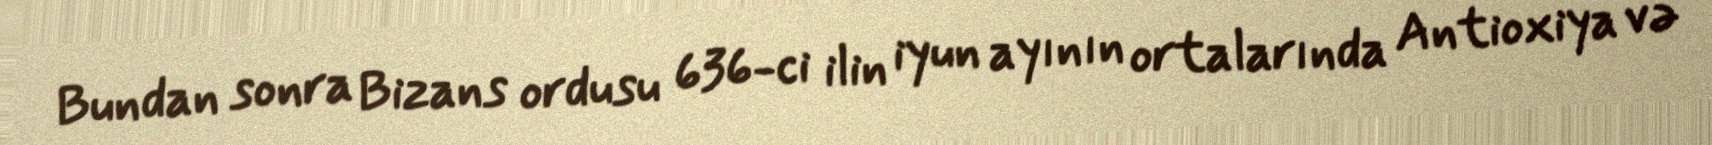
Bundan sonra Bizans ordusu 636-ci ilin iyun ayının ortalarında Antioxiya və